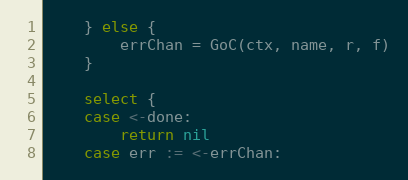
Language: Go
	} else {
		errChan = GoC(ctx, name, r, f)
	}

	select {
	case <-done:
		return nil
	case err := <-errChan: